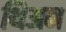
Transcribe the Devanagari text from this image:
थिअन